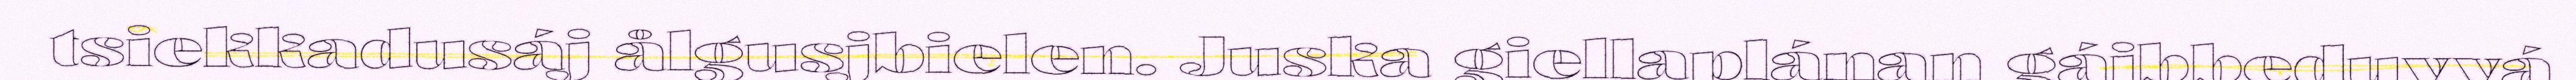
tsiekkadusáj ålgusjbielen. Juska giellaplánan gájbbeduvvá